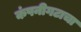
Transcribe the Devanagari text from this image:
कंपनीगटाचा